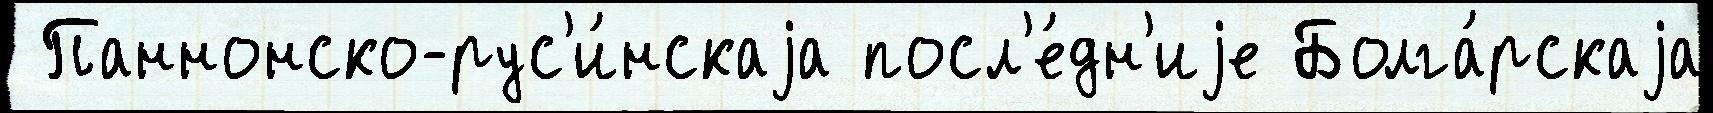
 Паннонско-рус'и́нскаjа посл'е́дн'иjе Болга́рскаjа